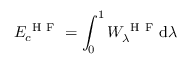
E _ { c } ^ { \mathrm { ~ H ~ F ~ } } = \int _ { 0 } ^ { 1 } W _ { \lambda } ^ { \mathrm { ~ H ~ F ~ } } \mathrm { d } \lambda